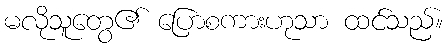
မလိုသူတွေ၏ ပြောစကားဟုသာ ထင်သည်။